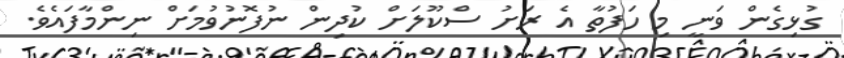
ގުޅިގެން ވަނީ މި ހަފުތާ އެ ރަށު ސްކޫލަށް ކުދިން ނުފޮނުވުމަށް ނިންމާފައެވެ.